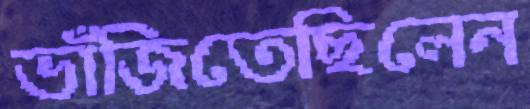
ভাঁজিতেছিলেন